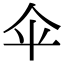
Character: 伞